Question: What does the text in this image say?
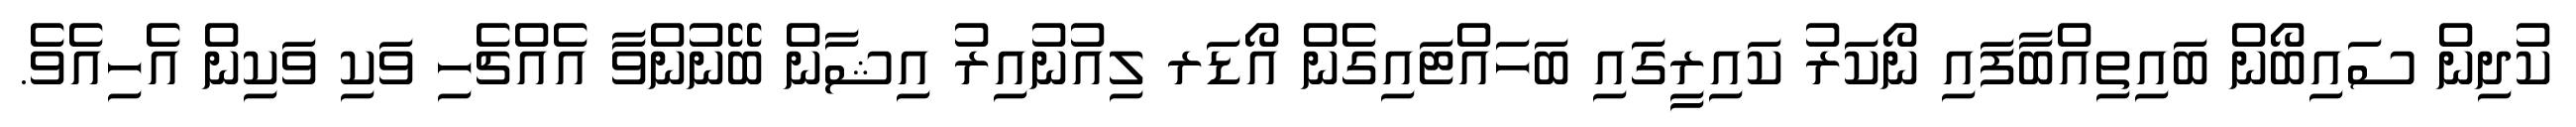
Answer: ކުދިން ސައިބޯން ބައިތިއްބާފައި ނޯކަރު ކައިރީގައި ބަހައްޓައިގެން އޯޑަރ ލިއުނުއިރު އިޝާން ބޭނުންވާ އެއްޗެހި ވަކި ވަކިން އެހިއެވެ.